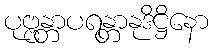
ပုဗ္ဗန္တာပရန္တာနုဒိဋ္ဌိနော